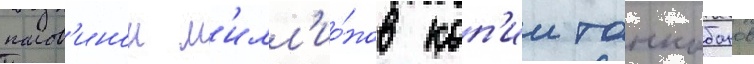
полов'инои м'илл'ио́нов коп'ии танкобонов